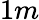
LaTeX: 1m